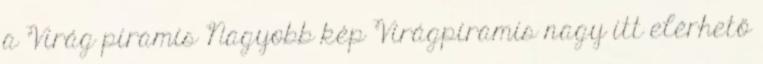
a Virág piramis Nagyobb kép Virágpiramis nagy itt elérhető